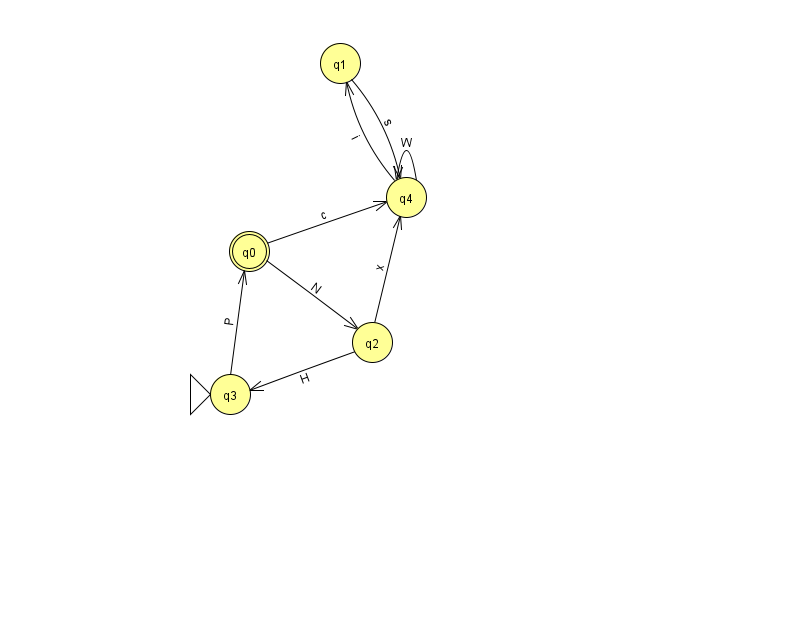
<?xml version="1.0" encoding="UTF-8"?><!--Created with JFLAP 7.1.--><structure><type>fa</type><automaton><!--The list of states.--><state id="0" name="q0"><x>249.0</x><y>238.0</y><final/></state><state id="1" name="q1"><x>340.0</x><y>50.0</y></state><state id="2" name="q2"><x>372.0</x><y>329.0</y></state><state id="3" name="q3"><x>230.0</x><y>381.0</y><initial/></state><state id="4" name="q4"><x>406.0</x><y>184.0</y></state><!--The list of transitions.--><transition><from>4</from><to>1</to><read>i</read></transition><transition><from>3</from><to>0</to><read>P</read></transition><transition><from>0</from><to>2</to><read>N</read></transition><transition><from>2</from><to>3</to><read>H</read></transition><transition><from>4</from><to>4</to><read>W</read></transition><transition><from>1</from><to>4</to><read>s</read></transition><transition><from>2</from><to>4</to><read>x</read></transition><transition><from>0</from><to>4</to><read>c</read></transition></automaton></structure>